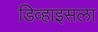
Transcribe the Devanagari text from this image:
डिव्हाइसला